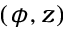
( \phi , z )